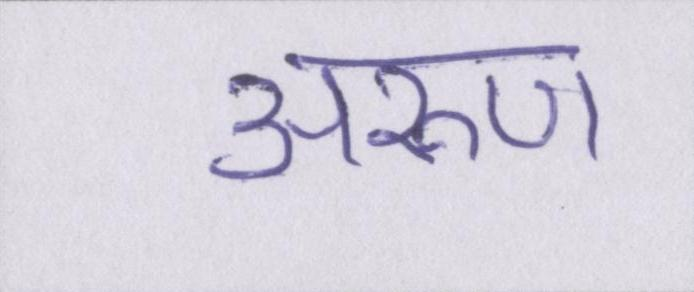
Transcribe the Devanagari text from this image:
अरुण